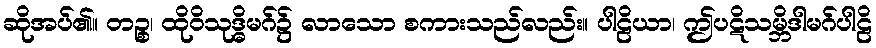
ဆိုအပ်၏။ တဉ္စ၊ ထိုဝိသုဒ္ဓိမဂ်၌ လာသော စကားသည်လည်း။ ပါဠိယာ၊ ဤပဋိသမ္ဘိဒါမဂ်ပါဠိ